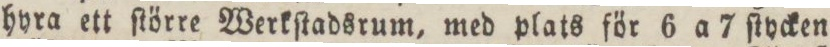
hyra ett ſtörre Werkſtadsrum, med plats för 6 a 7 ſtycken